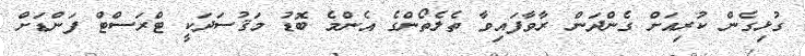
ގުޅިގެން ކުރިއަށް ގެންދަން ރާވާފައިވާ ތެލެތޯންގެ އެންމެ ބޮޑު މަޤުސަދަކީ ޓްރަސްޓް ފަންޑަށް